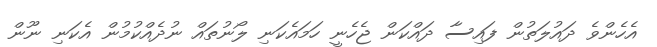
އެހެންވެ ދައުލަތުން ފައިސާ ދައްކަން ޖެހެނީ ހަމައެކަނި ލޯނުތައް ނުދެއްކުމުން އެކަނި ނޫން